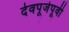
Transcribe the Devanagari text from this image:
देवपूजेपूर्वी